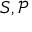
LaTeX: S , { \mathcal { P } }